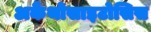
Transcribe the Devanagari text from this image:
अकैंथोसाइटोसिस